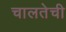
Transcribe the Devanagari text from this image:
चालतेची